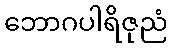
ဘောဂပါရိဇုညံ